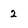
Character: 2